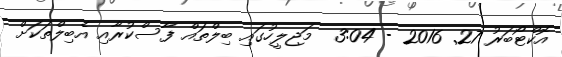
އޮކްޓޯބަރު 27